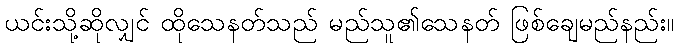
ယင်းသို့ဆိုလျှင် ထိုသေနတ်သည် မည်သူ၏သေနတ် ဖြစ်ချေမည်နည်း။